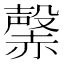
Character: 𧹷